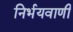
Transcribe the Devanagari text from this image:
निर्भयवाणी